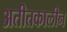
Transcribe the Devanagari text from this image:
अतीतकालीन